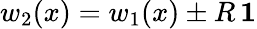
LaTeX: w_{2}(x)=w_{1}(x)\pm R\, \mathbf{1}